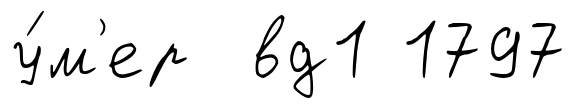
у́м'ер вд1 1797